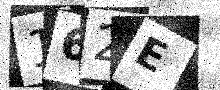
Text: 162E